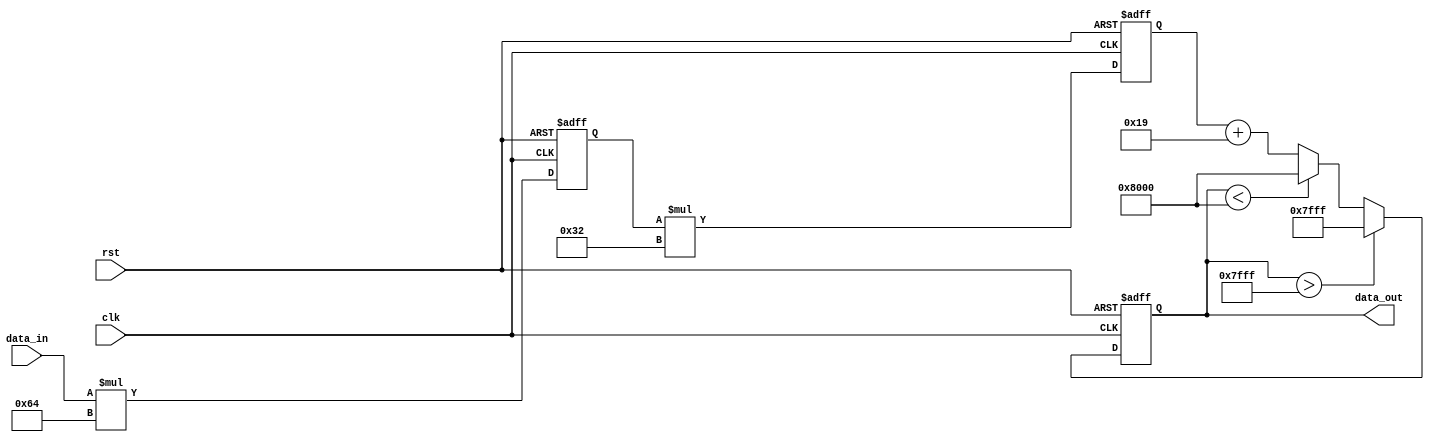
module IIR_filter_accumulator (
  input clk,
  input rst,
  input [15:0] data_in,
  output reg [15:0] data_out
);

reg [15:0] stage1_output;
reg [15:0] stage2_output;

// Filter coefficients
parameter coeff1 = 8'd100;
parameter coeff2 = 8'd50;
parameter coeff3 = 8'd25;

always @(posedge clk or posedge rst) begin
  if (rst) begin
    stage1_output <= 16'h0000;
    stage2_output <= 16'h0000;
    data_out <= 16'h0000;
  end else begin
    // First stage of the filter
    stage1_output <= data_in * coeff1;

    // Second stage of the filter
    stage2_output <= stage1_output * coeff2;

    // Accumulate the filtered outputs
    data_out <= stage2_output + coeff3;

    // Handle overflow
    if (data_out > 16'h7FFF) begin
      data_out <= 16'h7FFF;
    end else if (data_out < -16'h8000) begin
      data_out <= -16'h8000;
    end
  end
end

endmodule